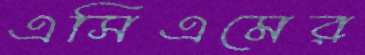
এসিএমের